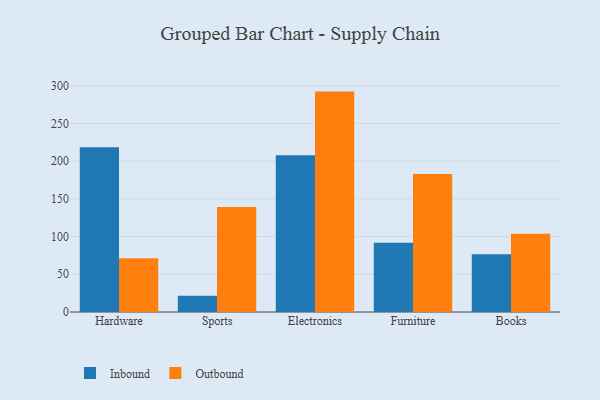
{"axis": {"x": "Category", "y": "Temperature (°C)"}, "legend": ["Inbound", "Outbound"], "data": [{"x": "Hardware", "y": 218.4, "type": "Inbound"}, {"x": "Hardware", "y": 71.3, "type": "Outbound"}, {"x": "Sports", "y": 21.7, "type": "Inbound"}, {"x": "Sports", "y": 139.3, "type": "Outbound"}, {"x": "Electronics", "y": 207.8, "type": "Inbound"}, {"x": "Electronics", "y": 292.2, "type": "Outbound"}, {"x": "Furniture", "y": 91.8, "type": "Inbound"}, {"x": "Furniture", "y": 183.0, "type": "Outbound"}, {"x": "Books", "y": 76.5, "type": "Inbound"}, {"x": "Books", "y": 103.7, "type": "Outbound"}]}